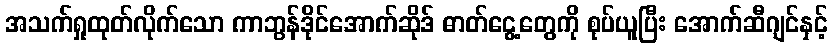
အသက်ရှုထုတ်လိုက်သော ကာဘွန်ဒိုင်အောက်ဆိုဒ် ဓာတ်ငွေ့တွေကို စုပ်ယူပြီး အောက်ဆီဂျင်နှင့်